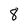
Character: 8